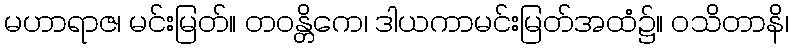
မဟာရာဇ၊ မင်းမြတ်။ တဝန္တိကေ၊ ဒါယကာမင်းမြတ်အထံ၌။ ဝသိတာနိ၊